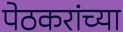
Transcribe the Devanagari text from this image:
पेठकरांच्या